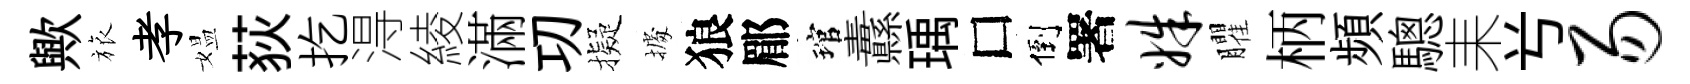
歟旅孝媪荻扢淂綾滿㓛擬𢴃狼郿琯纛瑀□倒署姝臞柄頻驄耒𠔃易